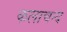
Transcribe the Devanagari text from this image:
कलाचन्द